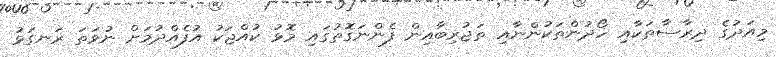
މިއަދުގެ ދިރާސާތަކާއި ހޯދުންތަކުންނާއި ތަޖުރިބާއިން ފެންނަގޮތުގައި މޮޅު ކުއްޖަކު އުފެއްދުމަށް ނުވަތަ ރަނގަޅު